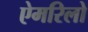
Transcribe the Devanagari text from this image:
ऐमरिलो